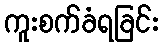
ကူးစက်ခံရခြင်း